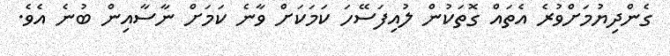
ގެންދިޔުމަށްވުރެ އެތައް ގޮތަކުން ލުއިފަސޭހަ ކަމަކަށް ވާނެ ކަމަށް ނާސާއިން ބުނެ އެވެ.